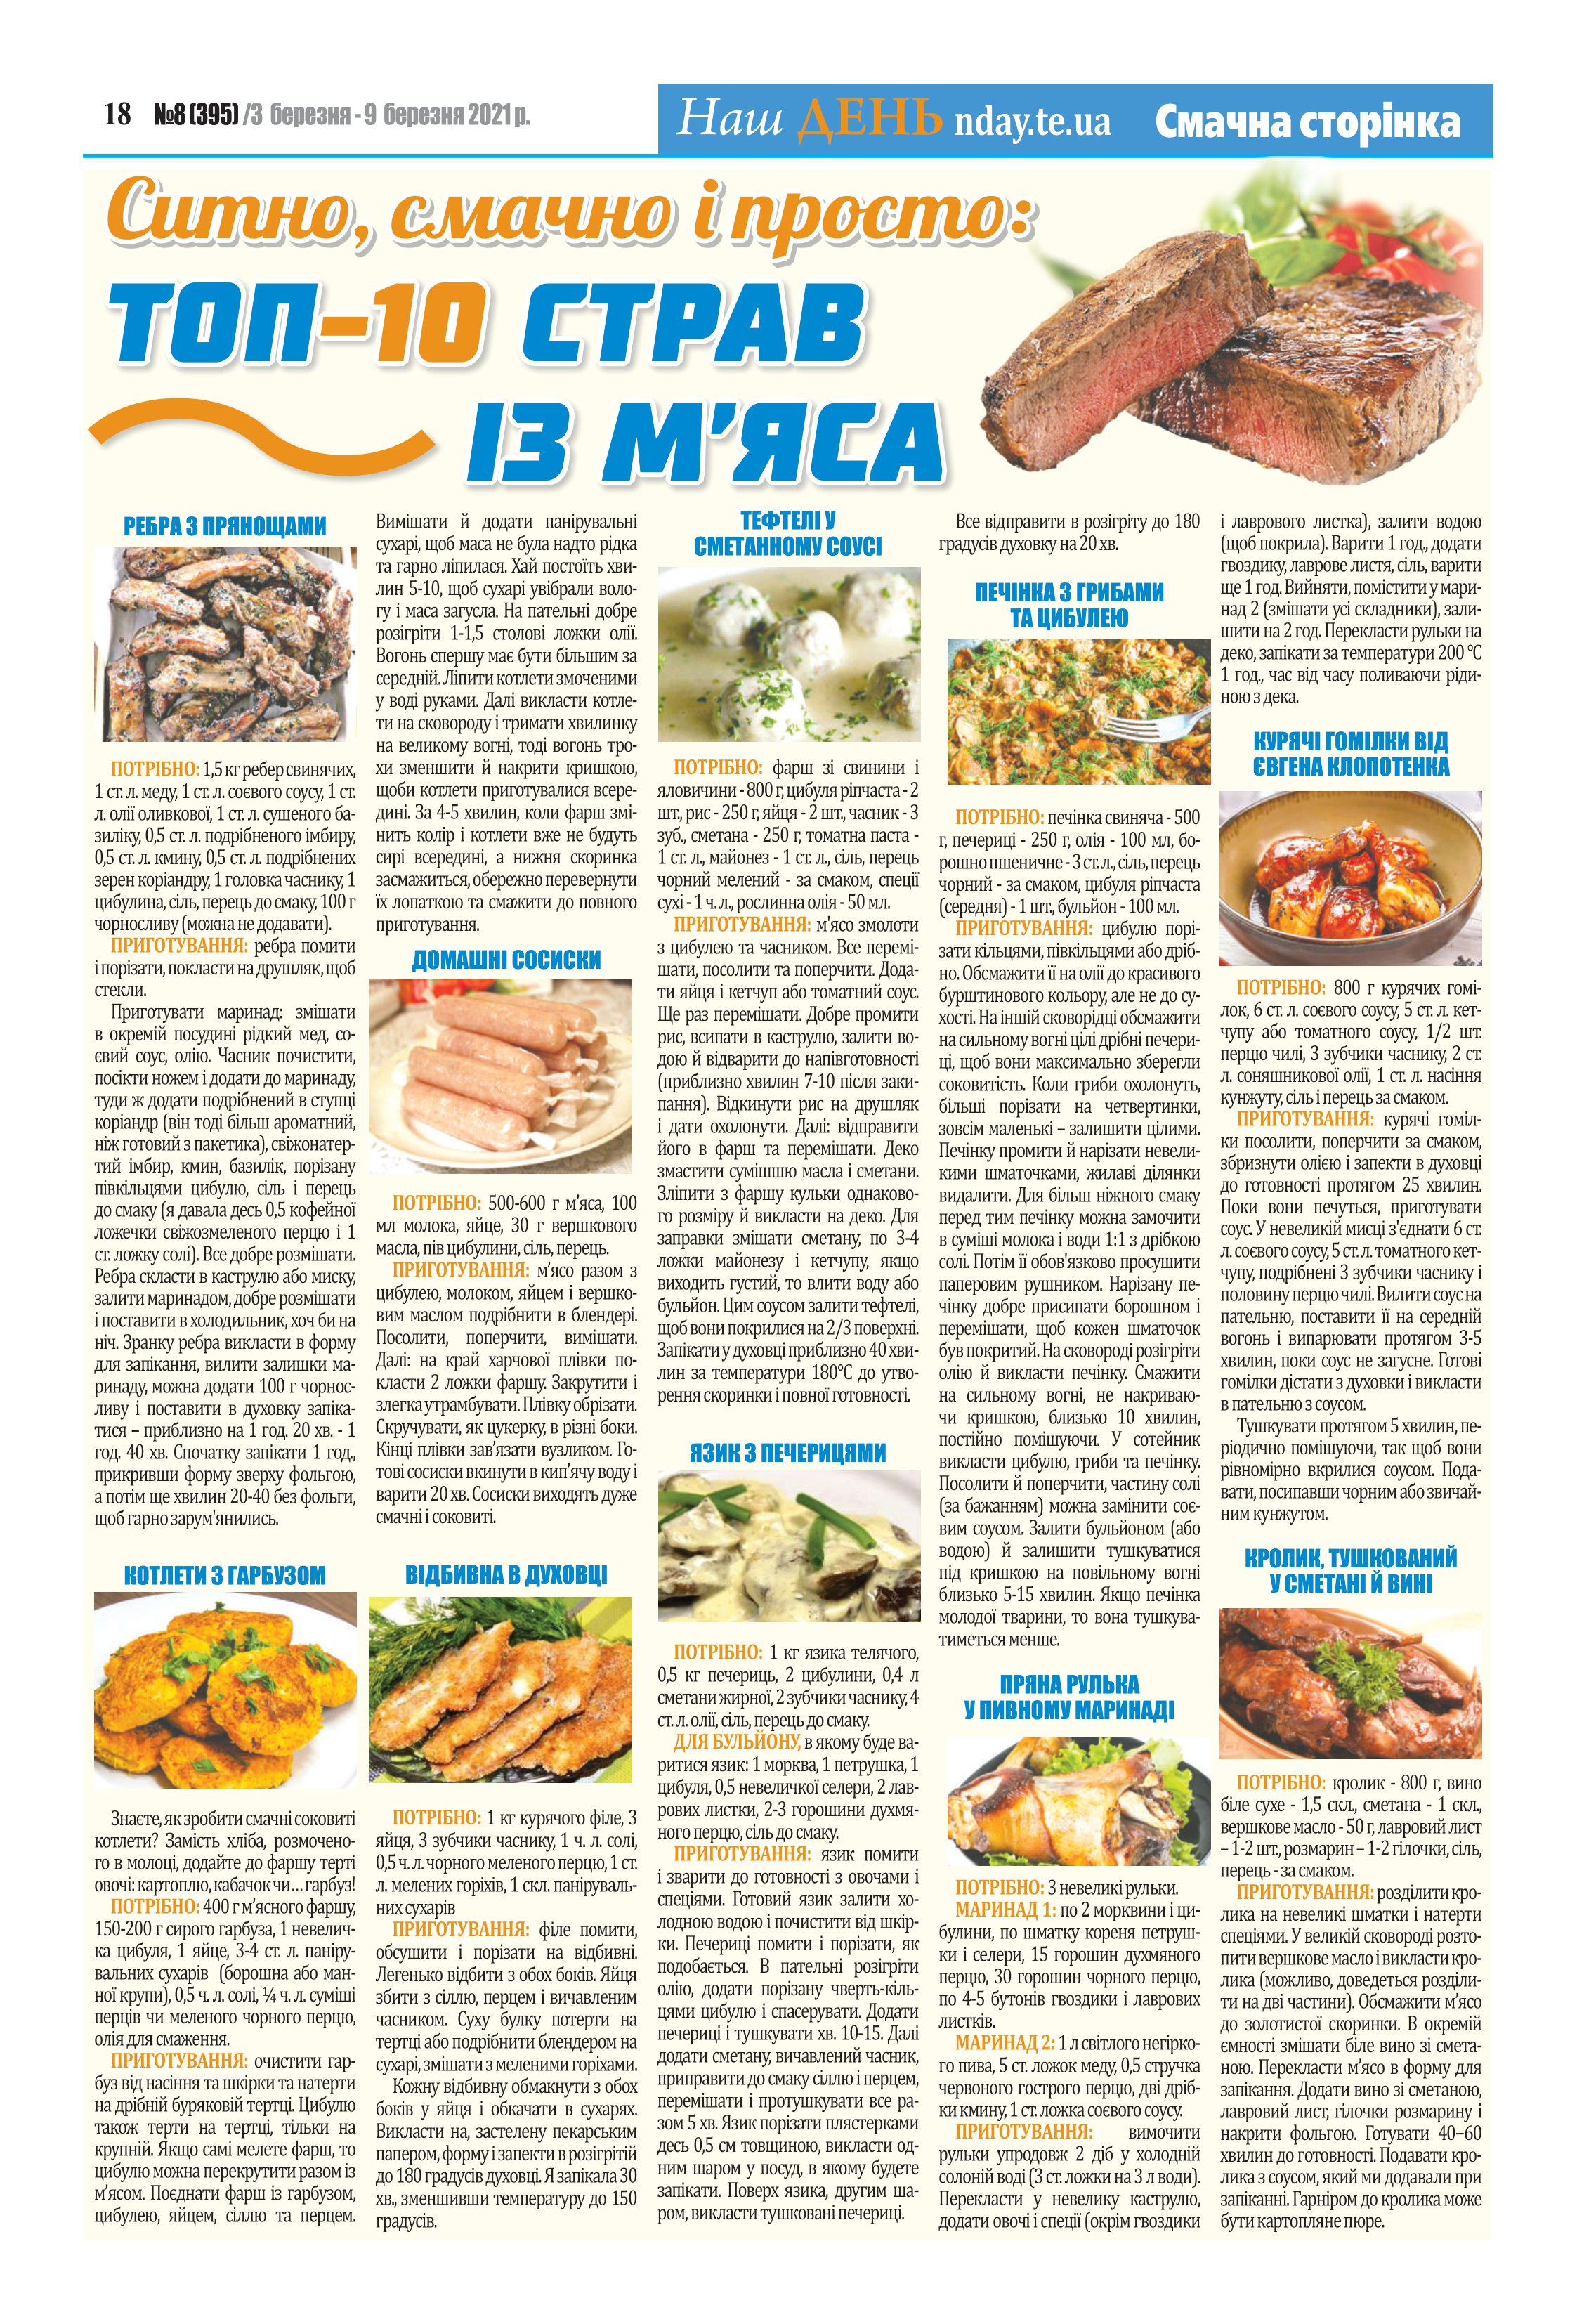
Language: uk